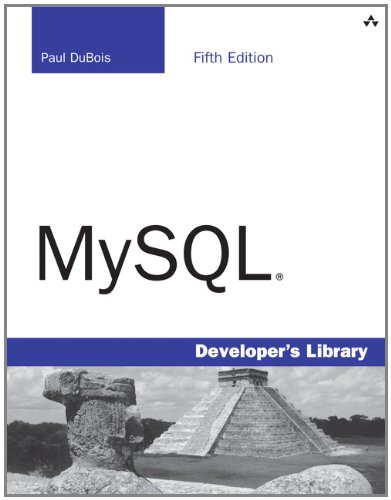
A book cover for MySQL (5th Edition) (Developer's Library); Paul DuBois; Computers & Technology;